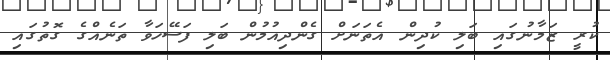
ކުރީ ޒަމާނުގައި ބަލި ކުދިން އެތަނަށް ގެންދިއުމުން ބަލި ފަސޭހަވާ ތަނެއްގެ ގޮތުގައި